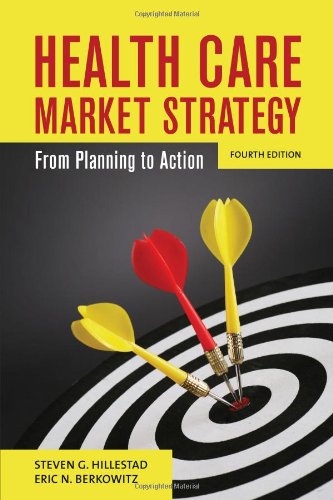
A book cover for Health Care Market Strategy: From Planning to Action; Steven G. Hillestad; Medical Books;